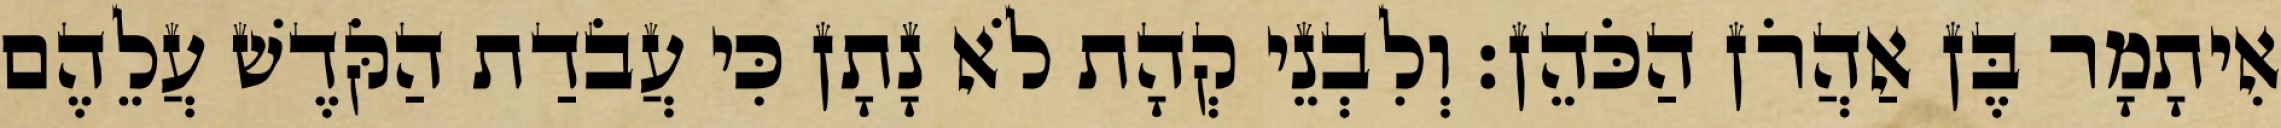
אִיתָמָר בֶּן אַהֲרֹן הַכֹּהֵן׃ וְלִבְנֵי קְהָת לֹא נָתָן כִּי עֲבֹדַת הַקֹּדֶשׁ עֲלֵהֶם